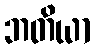
ဘတိယာ